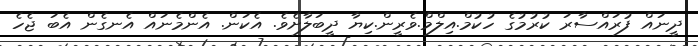
ދީނައް ފުރައްސާރަ ކުރުމުގެ ހުކުމް.އިލްމް.ވެރީން.ކިޔާ ދީބަލާށެވެ. އެކަން. އެންމެނައް އެނގެން އެބަ ޖެހެ